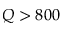
Q > 8 0 0